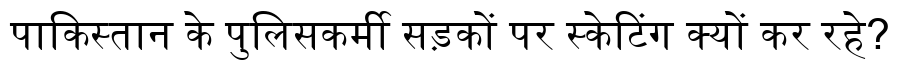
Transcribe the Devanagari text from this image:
पाकिस्तान के पुलिसकर्मी सड़कों पर स्केटिंग क्यों कर रहे?